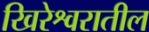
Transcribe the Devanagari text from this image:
खिरेश्वरातील